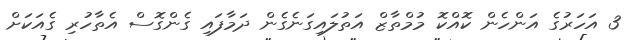
3 އަހަރުގެ އަންހެން ކޮއްކޮ މުމްތާޒް އަތުލައިގަނެގެން ދަމާފައި ގެންގޮސް އެތާހުރި ގެއަކަށް